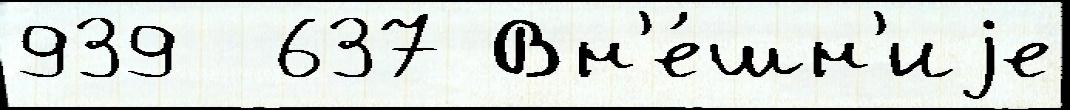
939  637 Вн'е́шн'иjе